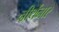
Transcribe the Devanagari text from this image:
नीर्थेनार